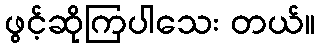
ဖွင့်ဆိုကြပါသေး တယ်။